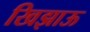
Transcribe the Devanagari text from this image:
खिझाऊ